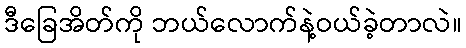
ဒီခြေအိတ်ကို ဘယ်လောက်နဲ့ဝယ်ခဲ့တာလဲ။